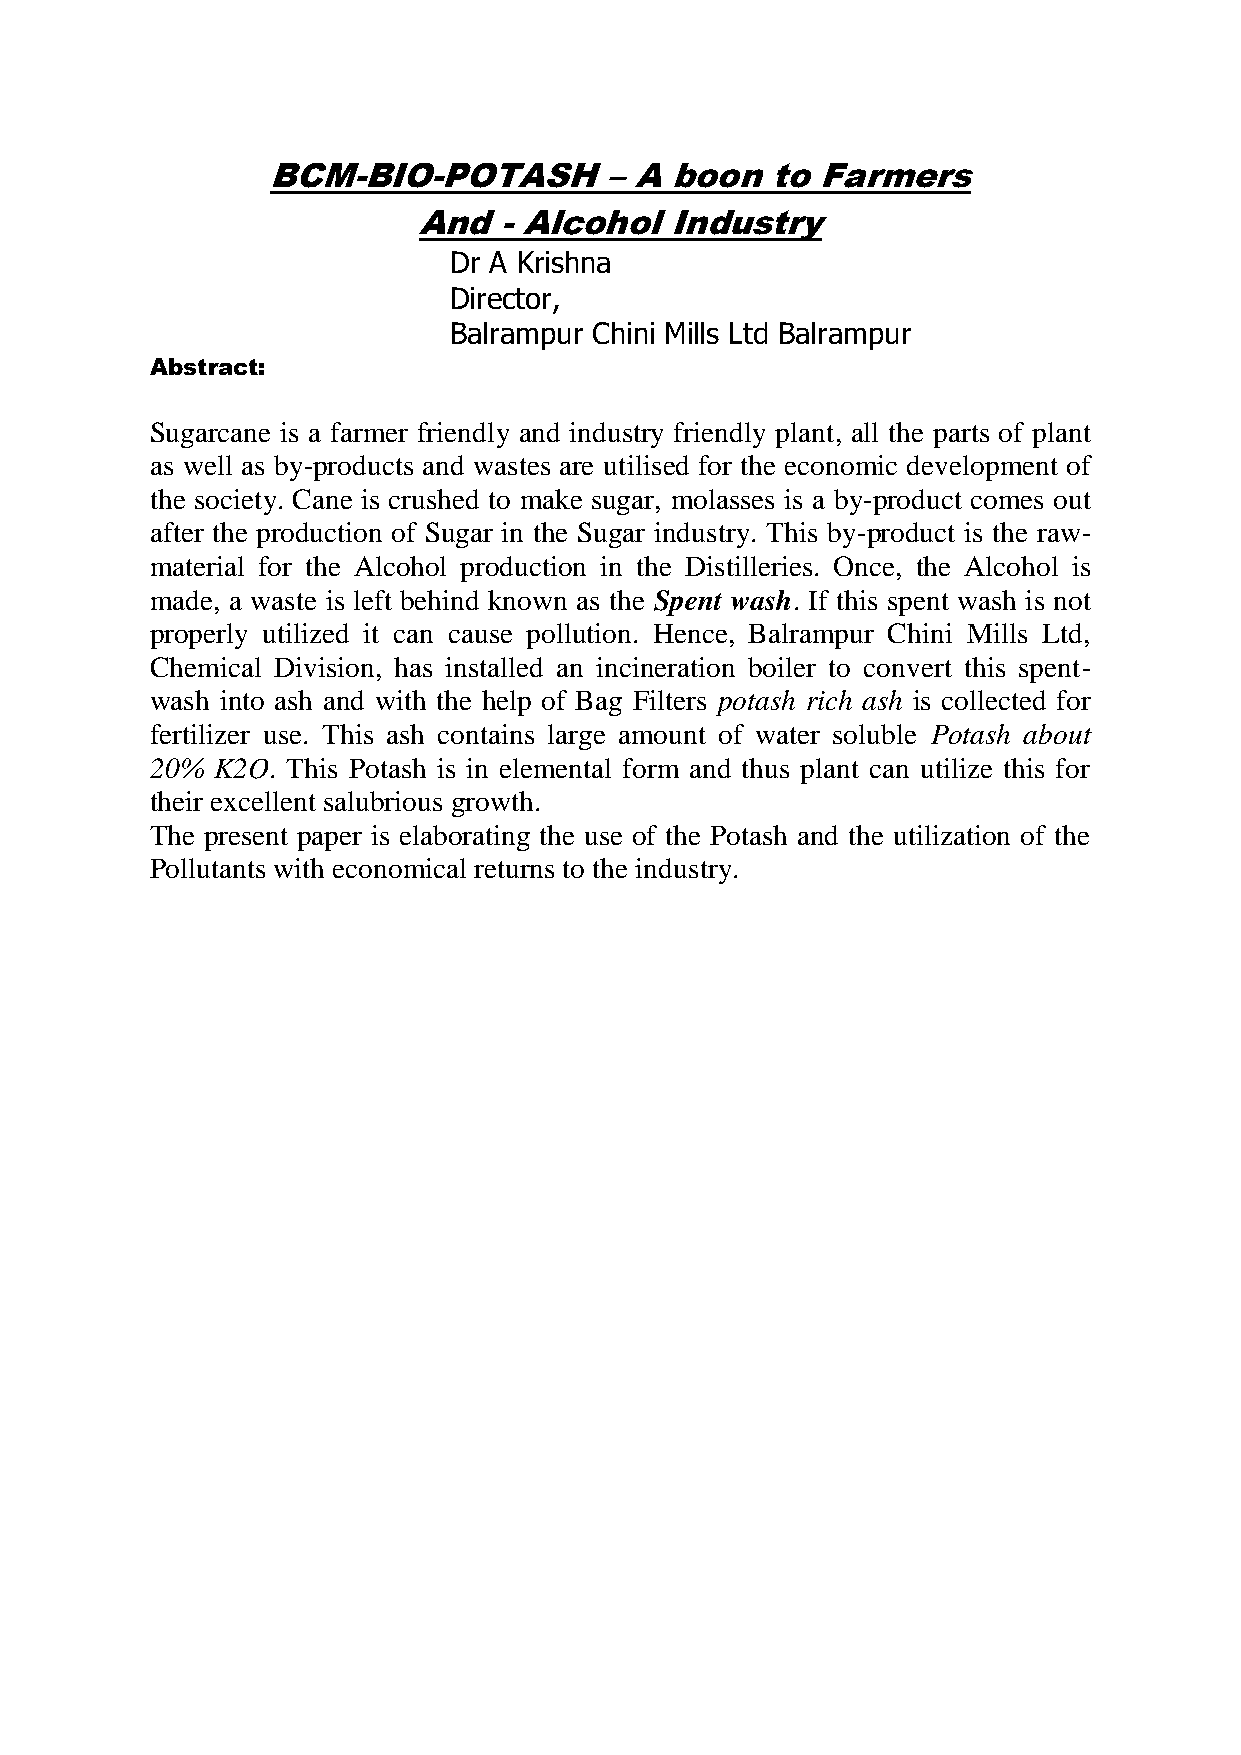
BCM-BIO-POTASH        – A boon   to Farmers
 And  - Alcohol  Industry
 Dr A Krishna
 Director,
 Balrampur Chini Mills Ltd Balrampur
 Abstract:
 Sugarcane is a farmer friendly and industry friendly plant, all the parts of plant
 as well as by-products and wastes are utilised for the economic development of
 the society. Cane is crushed to make sugar, molasses is a by-product comes out
 after the production of Sugar in the Sugar industry. This by-product is the raw-
 material for the Alcohol production in the Distilleries. Once, the Alcohol is
 made, a waste is left behind known as the Spent wash. If this spent wash is not
 properly utilized it can cause pollution. Hence, Balrampur Chini Mills Ltd,
 Chemical Division, has installed an incineration boiler to convert this spent-
 wash into ash and with the help of Bag Filters potash rich ash is collected for
 fertilizer use. This ash contains large amount of water soluble Potash about
 20% K2O. This Potash is in elemental form and thus plant can utilize this for
 their excellent salubrious growth.
 The present paper is elaborating the use of the Potash and the utilization of the
 Pollutants with economical returns to the industry.